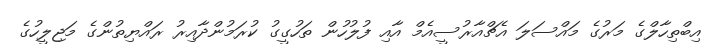
އިބްތިހާލްގެ މަރުގެ މައްސަލަ އެޗްއާރުސީއެމް އާއި ފުލުހުން ތަހުގީގު ކުރަމުންދާއިރު ރައްޔިތުންގެ މަޖިލީހުގެ